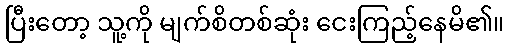
ပြီးတော့ သူ့ကို မျက်စိတစ်ဆုံး ငေးကြည့်နေမိ၏။